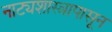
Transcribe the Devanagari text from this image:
नाट्यशास्त्रापासून